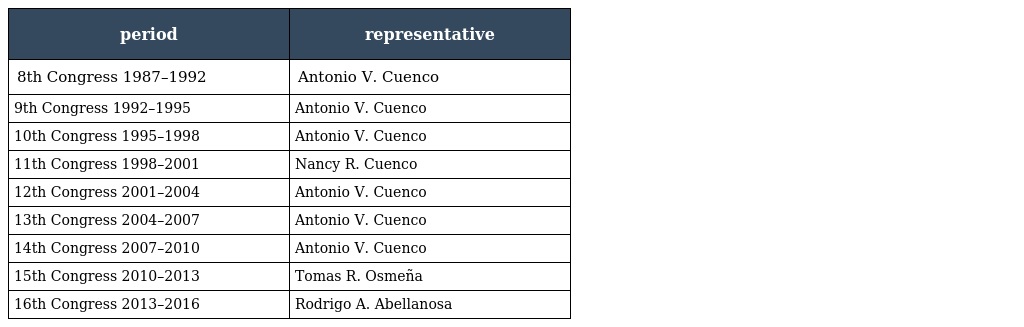
| period | representative |
 | --- | --- |
 | 8th Congress 1987–1992 | Antonio V. Cuenco |
 | 9th Congress 1992–1995 | Antonio V. Cuenco |
 | 10th Congress 1995–1998 | Antonio V. Cuenco |
 | 11th Congress 1998–2001 | Nancy R. Cuenco |
 | 12th Congress 2001–2004 | Antonio V. Cuenco |
 | 13th Congress 2004–2007 | Antonio V. Cuenco |
 | 14th Congress 2007–2010 | Antonio V. Cuenco |
 | 15th Congress 2010–2013 | Tomas R. Osmeña |
 | 16th Congress 2013–2016 | Rodrigo A. Abellanosa |